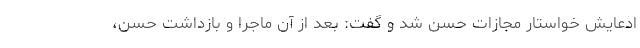
ادعایش خواستار مجازات حسن شد و گفت: بعد از آن ماجرا و بازداشت حسن،